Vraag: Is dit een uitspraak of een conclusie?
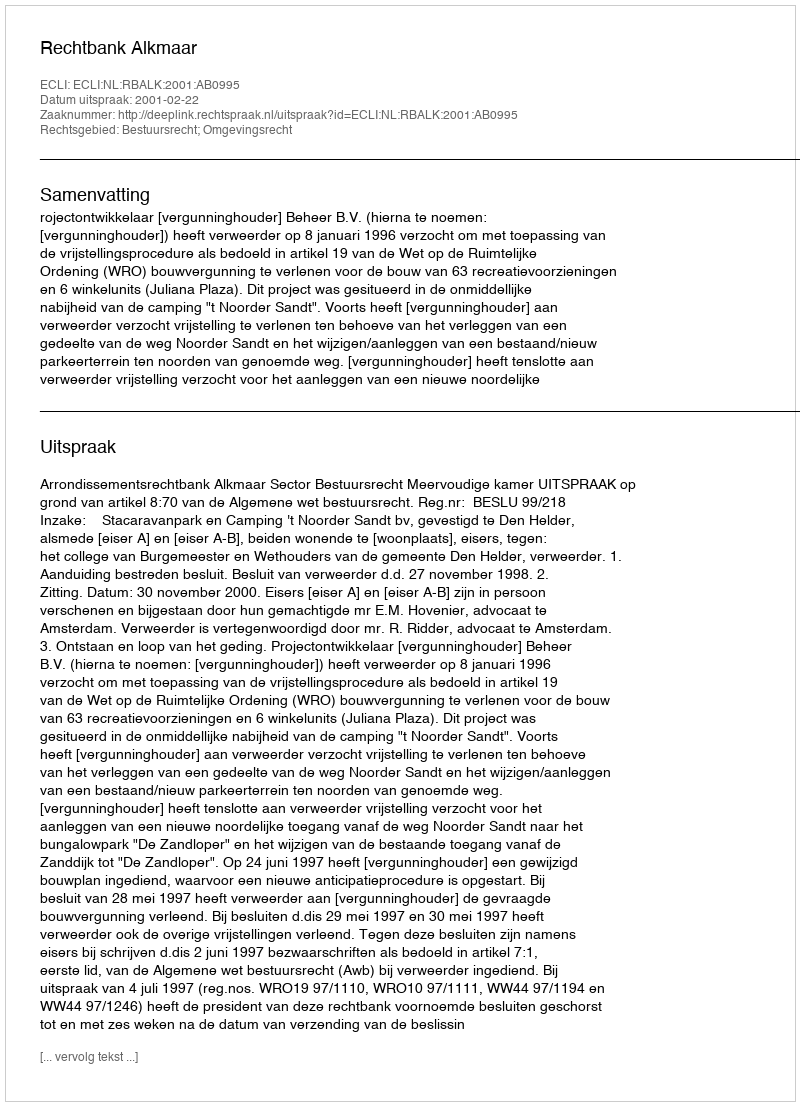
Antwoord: Uitspraak